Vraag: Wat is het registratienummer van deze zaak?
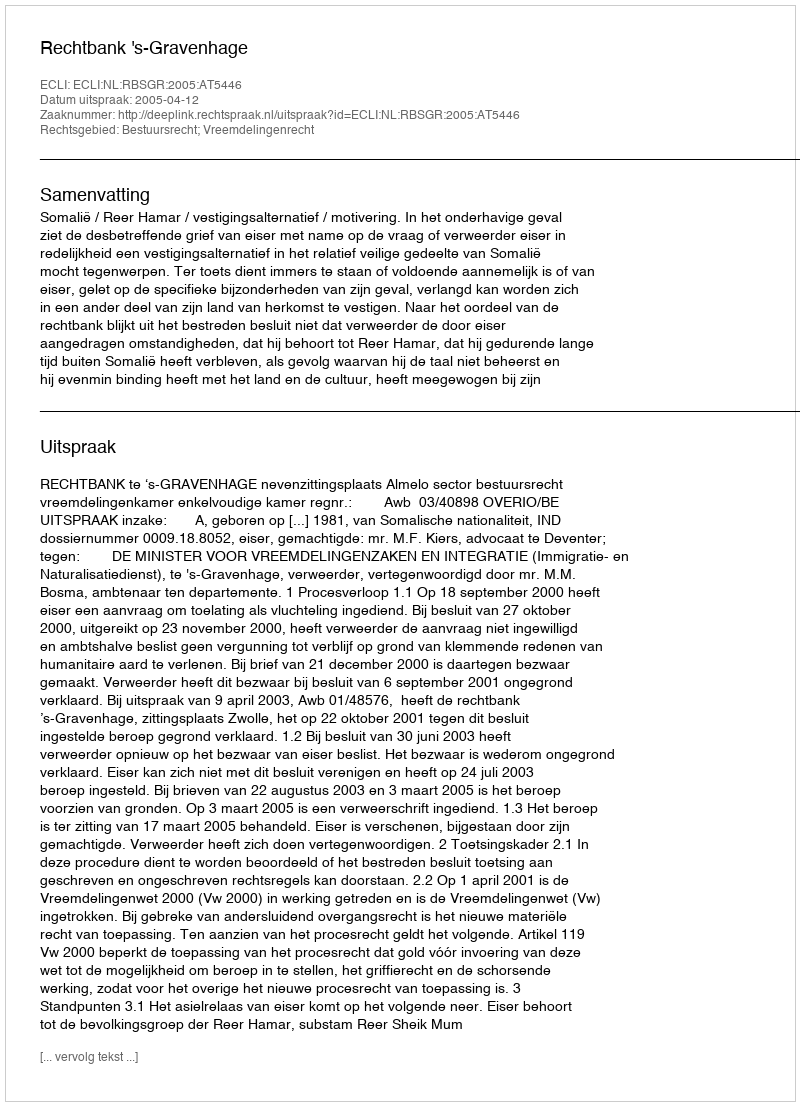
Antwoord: http://deeplink.rechtspraak.nl/uitspraak?id=ECLI:NL:RBSGR:2005:AT5446